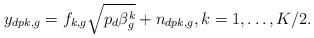
LaTeX: \begin{align*}\begin{aligned}y_{dpk,g}&=f_{k,g} \sqrt{p_d\beta_g^k}+ n_{dpk,g}, k=1,\ldots,K/2.\end{aligned}\end{align*}